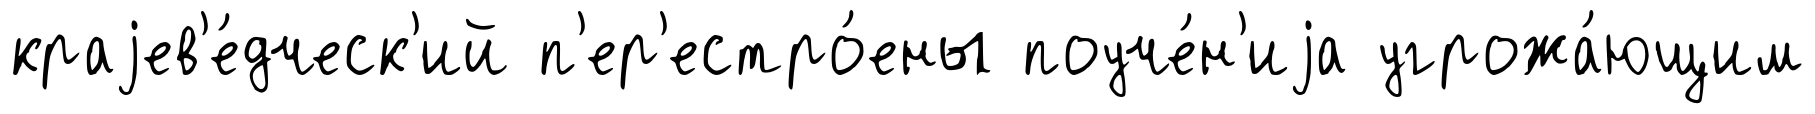
краjев'е́дческ'ий п'ер'естро́ены поуче́н'иjа угрожа́ющим